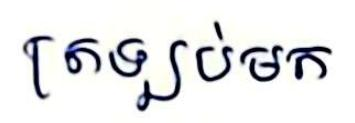
ត្រឡប់មក